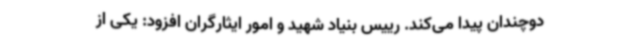
دوچندان پیدا می‌کند. رییس بنیاد شهید و امور ایثارگران افزود: یکی از